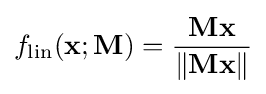
f_{\text{lin}}(\mathbf {x} ;\mathbf {M} )={\frac {\mathbf {Mx} }{\lVert \mathbf {Mx} \rVert }}